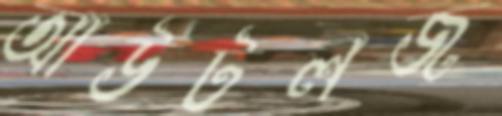
আউটলজ